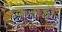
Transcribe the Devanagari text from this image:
कनाड़ी